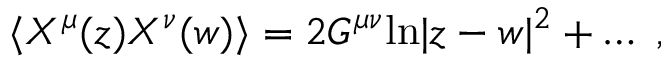
\langle X ^ { \mu } ( z ) X ^ { \nu } ( w ) \rangle = 2 G ^ { \mu \nu } \mathrm { l n } | z - w | ^ { 2 } + \dots ~ ,